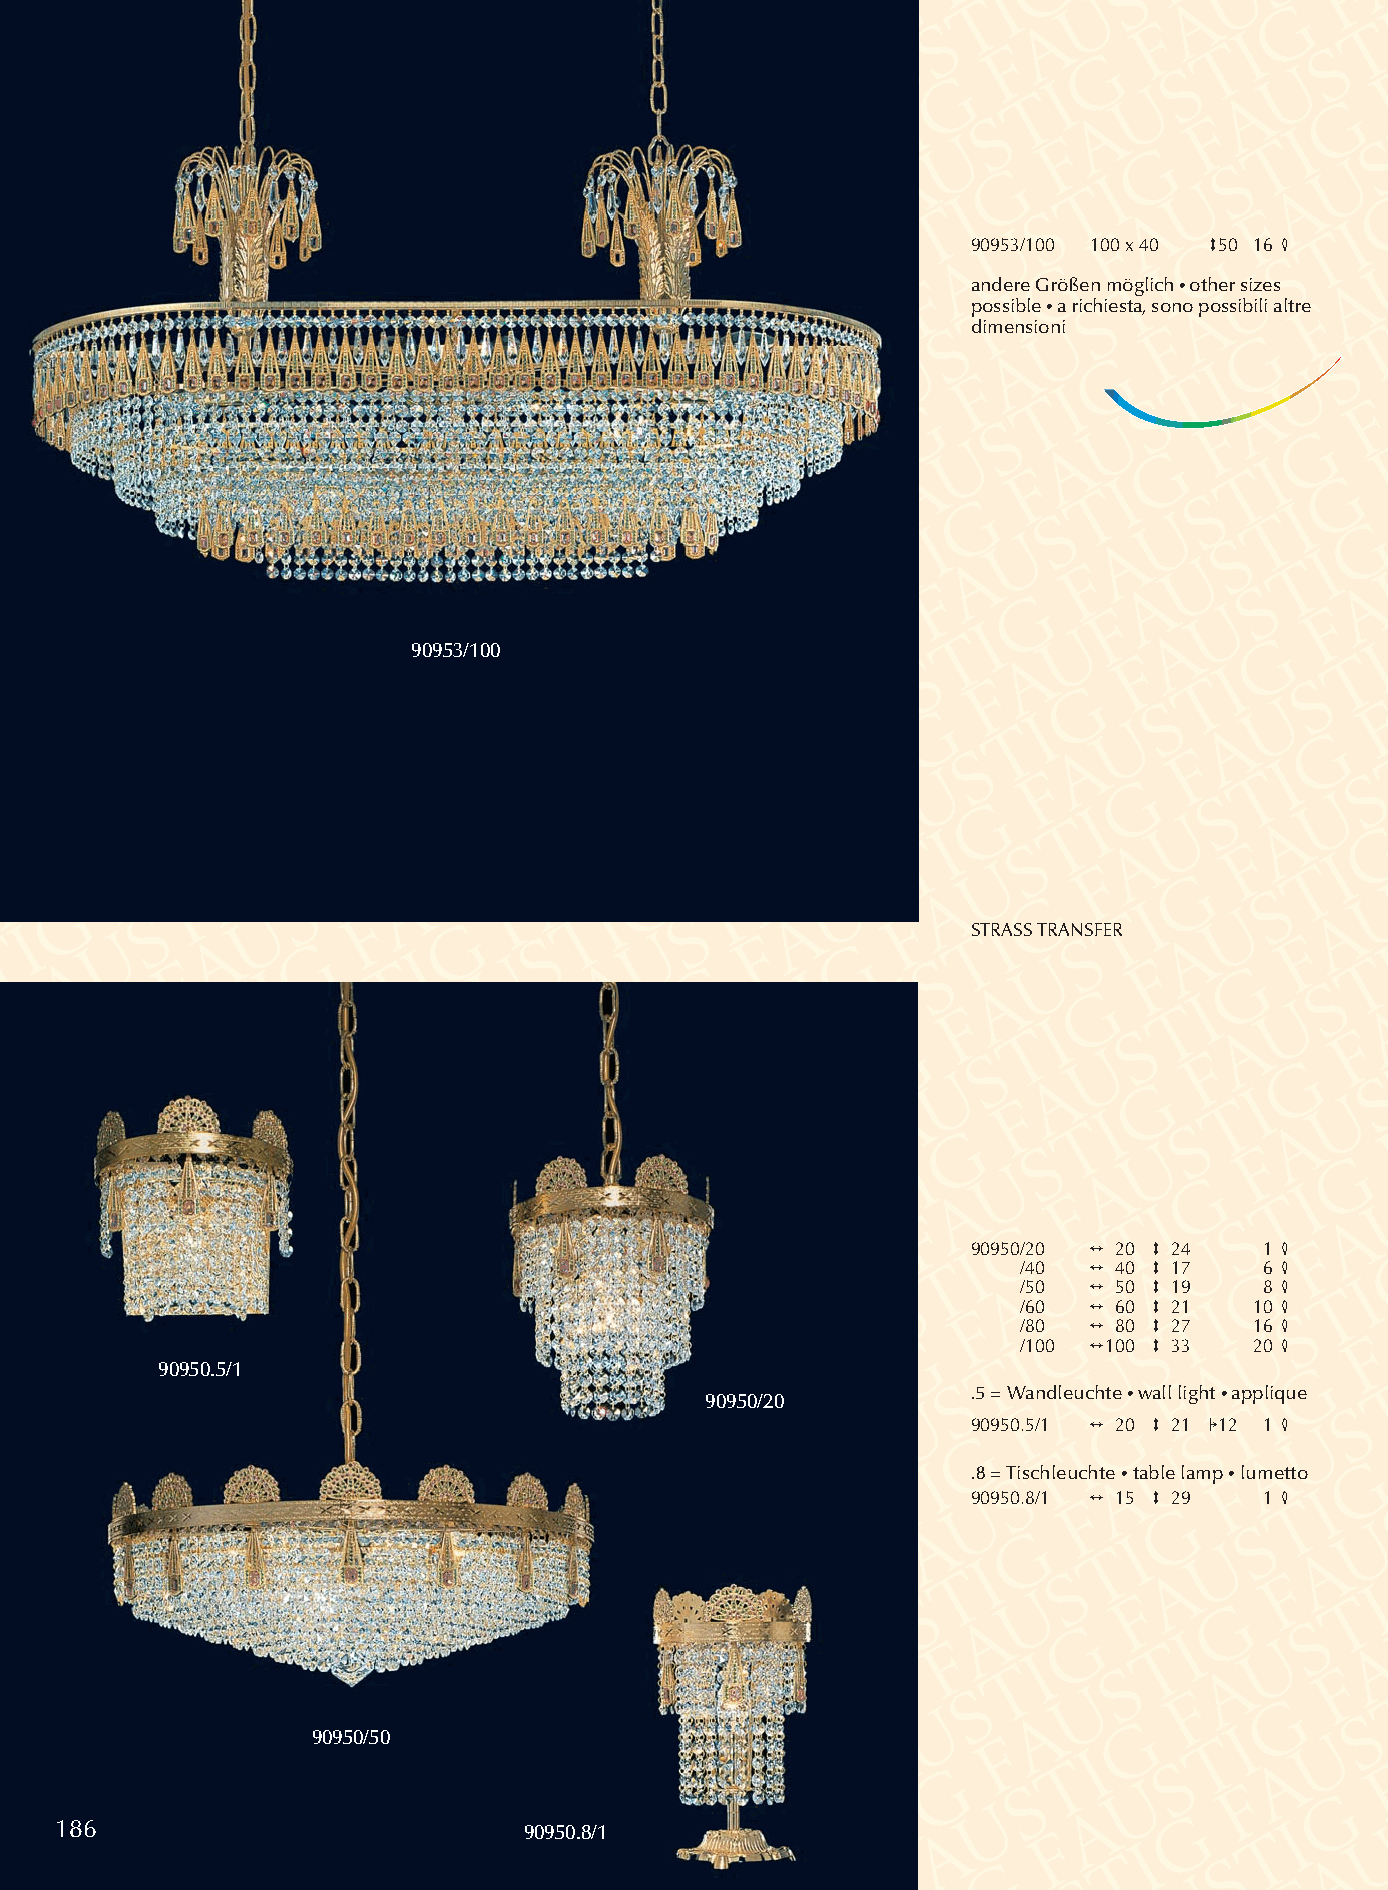
90953/100 100 x 40 350 16 4
 andere Größen möglich •other sizes
 possible•a richiesta, sono possibili altre
 dimensioni
 90953/100
 STRASSTRANSFER
 90950/20 2 20 3 24  1 4
 /40 2 40 3 17   6 4
 /50 2 50 3 19   8 4
 /60 2 60 3 21  10 4
 /80 2 80 3 27  16 4
 /100 2100 3 33 20 4
 90950.5/1
 90950/20
 .5 = Wandleuchte •wall light •applique
 90950.5/1 2 20 3 21 112 1 4
 .8 = Tischleuchte •table lamp •lumetto
 90950.8/1 2 15 3 29 1 4
 90950/50
 186                            90950.8/1